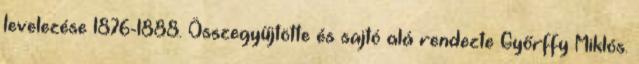
levelezése 1876-1888. Összegyűjtötte és sajtó alá rendezte Győrffy Miklós.